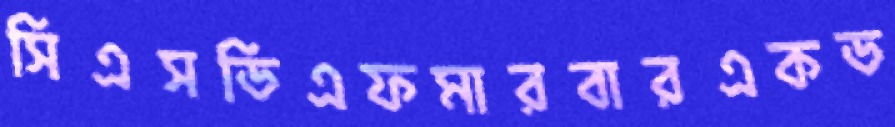
সিএসডিএফমারবারএকড